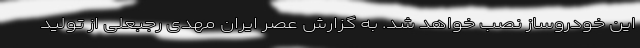
این خودروساز نصب خواهد شد. به گزارش عصر ایران مهدی رجبعلی از تولید